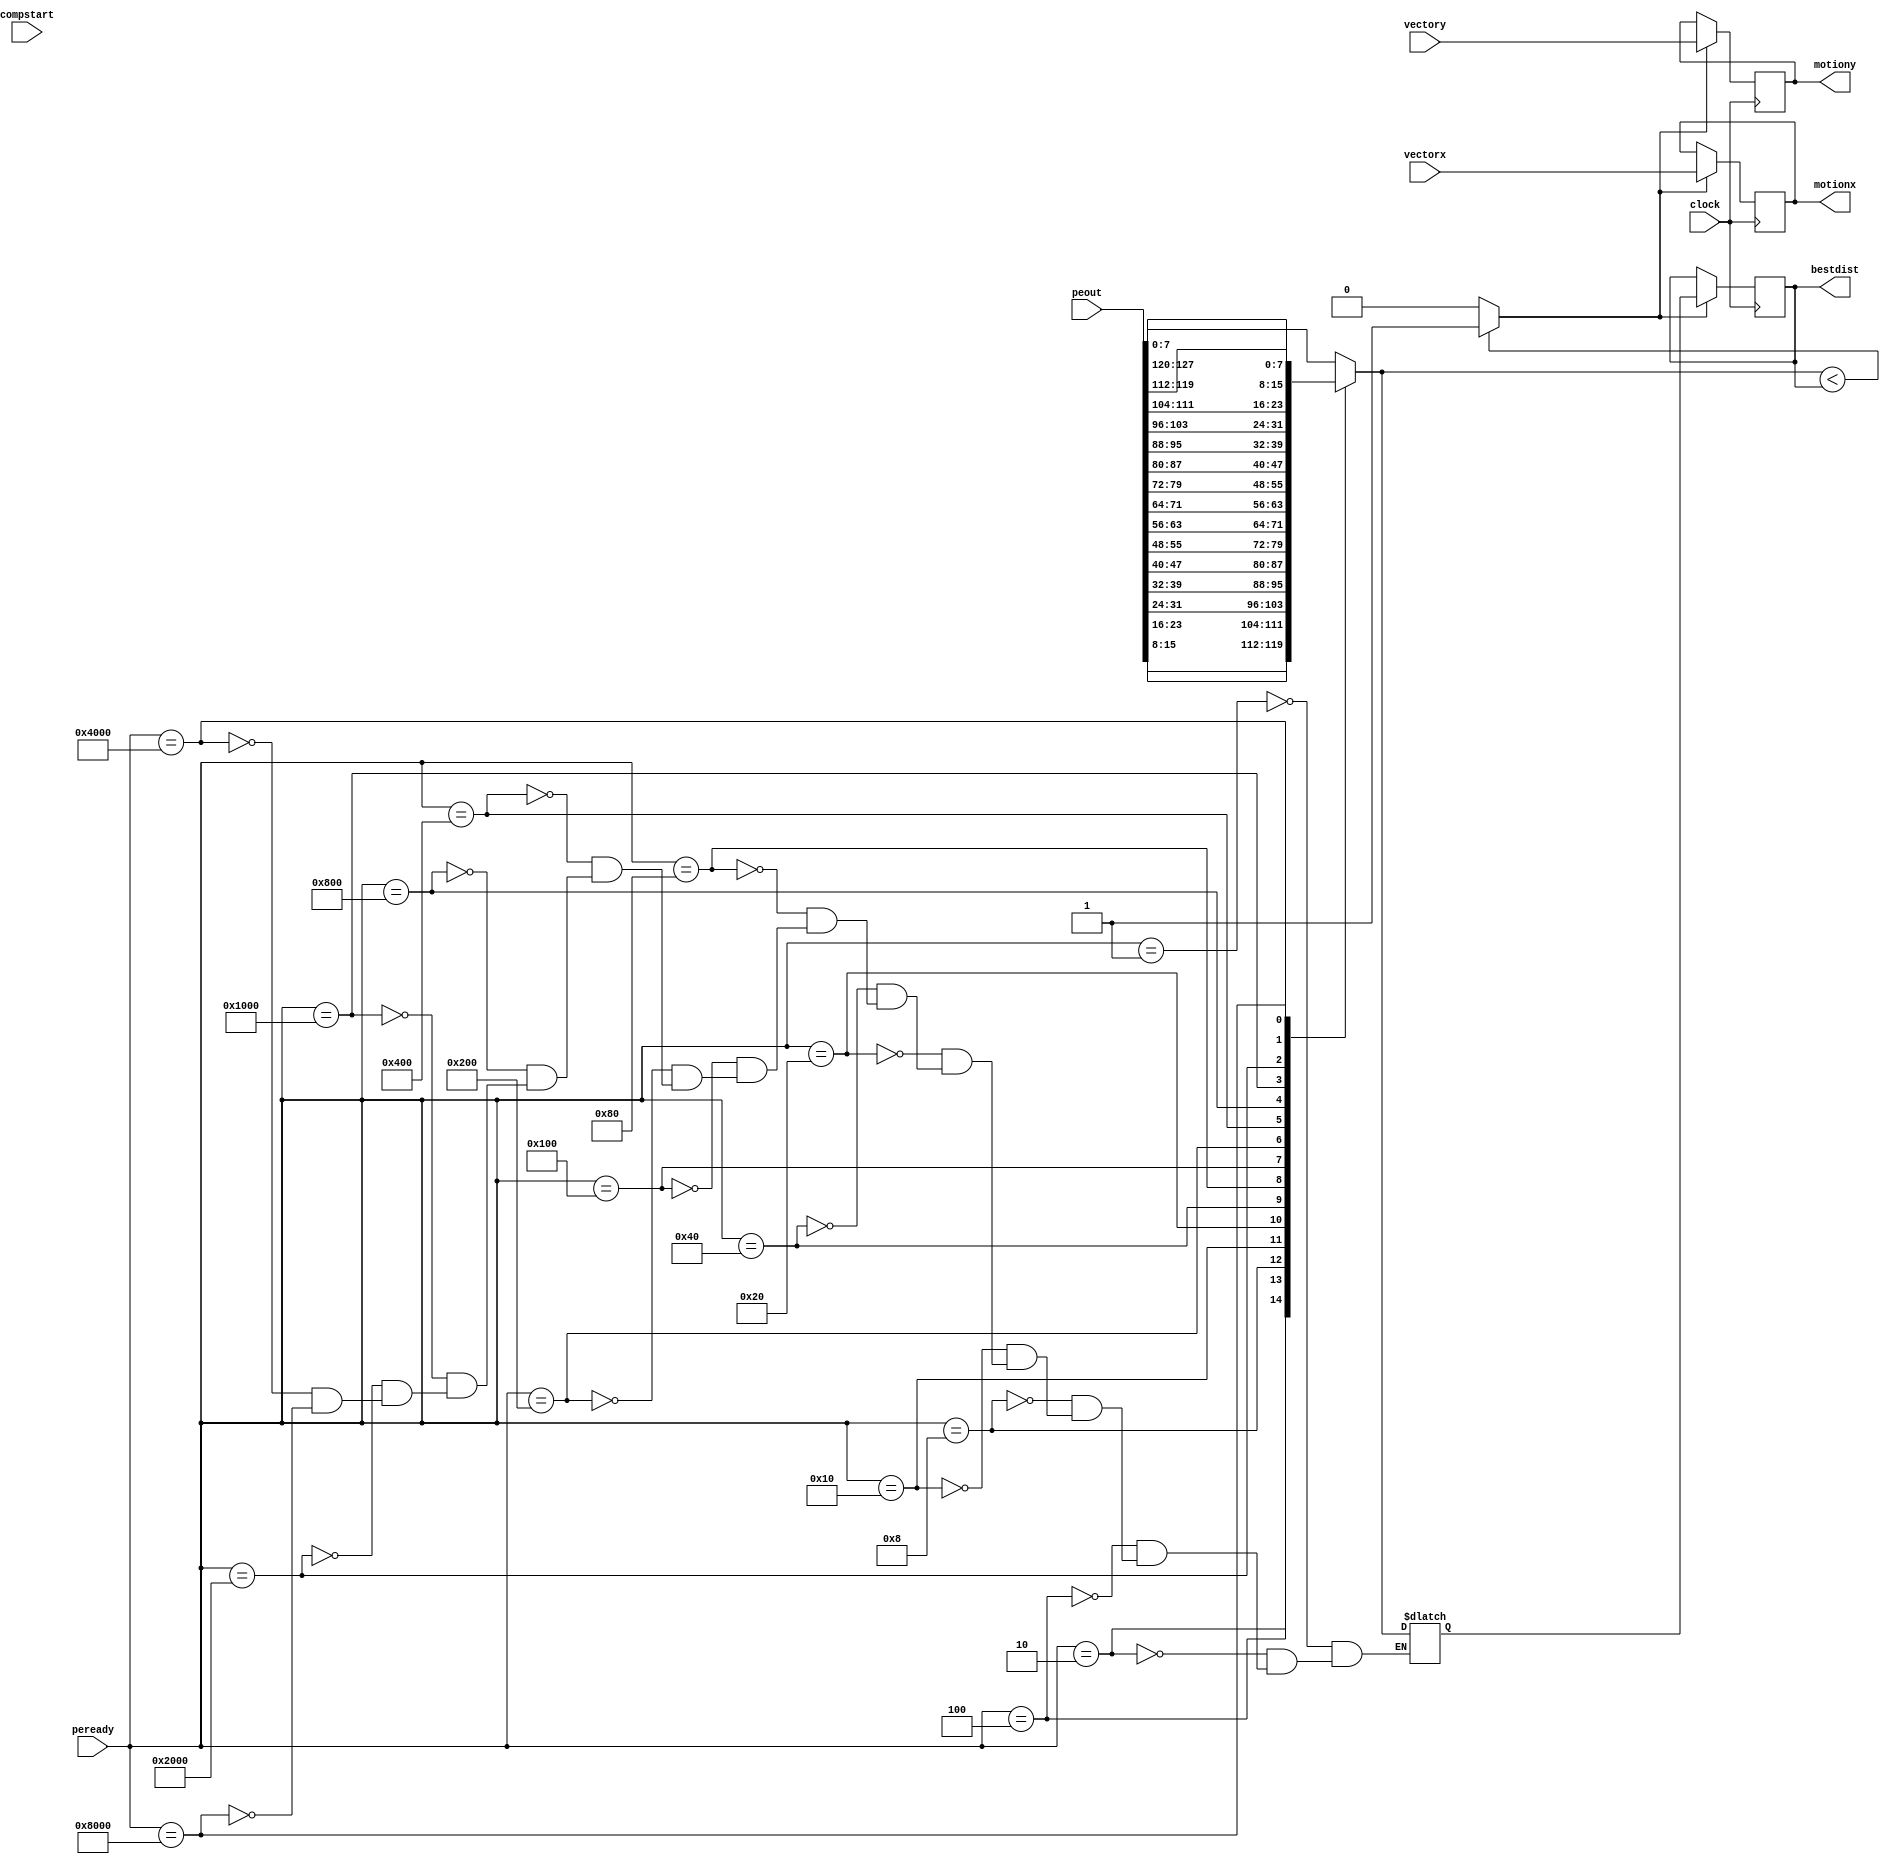
module comp (clock,compstart,peout,peready,vectorx,vectory,bestdist,motionx, motiony);

input clock;
input compstart;
input [8*16-1:0] peout;
input [15:0] peready;
input [3:0] vectorx, vectory;
output [7:0] bestdist;
output [3:0] motionx,motiony;
reg [7:0] bestdist=8'hFF;
reg [7:0] newvalue;
reg [3:0] motionx, motiony;
reg newbest;

always@(posedge clock)
//if(compstart==0) bestdist <= 8'hFF;
  if (newbest==1) 
begin
motionx <= vectorx;
motiony <= vectory;
bestdist <= newvalue;
end
else
begin
motionx <= motionx;
motiony <= motiony;
bestdist <= bestdist;
end 


always @(*)
begin
case(peready)
16'b0000000000000001 :newvalue = peout[7:0];
16'b0000000000000010 :newvalue = peout[15:8];
16'b0000000000000100 :newvalue = peout[23:16];
16'b0000000000001000 :newvalue = peout[31:24];
16'b0000000000010000 :newvalue = peout[39:32];
16'b0000000000100000 :newvalue = peout[47:40];
16'b0000000001000000 :newvalue = peout[55:48];
16'b0000000010000000 :newvalue = peout[63:56];
16'b0000000100000000 :newvalue = peout[71:64];
16'b0000001000000000 :newvalue = peout[79:72];
16'b0000010000000000 :newvalue = peout[87:80];
16'b0000100000000000 :newvalue = peout[95:88];
16'b0001000000000000 :newvalue = peout[103:96];
16'b0010000000000000 :newvalue = peout[111:104];
16'b0100000000000000 :newvalue = peout[119:112];
16'b1000000000000000 :newvalue = peout[127:120];
//default: newvalue = peout[7:0];
endcase

// if ((|peready==0)||(compstart==0)) newbest=0;
 if (newvalue < bestdist) 
newbest=1;
else 
begin 
newbest=0;
end
end
endmodule